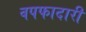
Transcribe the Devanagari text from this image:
वपफादारी